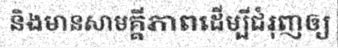
និងមានសាមគ្គីភាពដើម្បីជំរុញឲ្យ